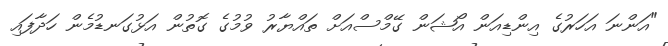
"އަންނަ އަހަރުގެ އިންޑިއަން އޯޝަން ގޭމްސްއަށް ތައްޔާރު ވުމުގެ ގޮތުން އަޅުގަނޑުމެން ހަދާފައި